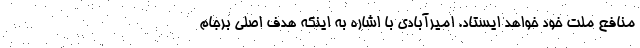
منافع ملت خود خواهد ایستاد. امیرآبادی با اشاره به اینکه هدف اصلی برجام